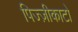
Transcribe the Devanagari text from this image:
पिज्ज़ीकाटो